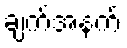
ချက်အနက်